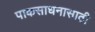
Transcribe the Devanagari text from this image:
पाकसाधनासाठी